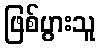
ဖြစ်ပွားသူ